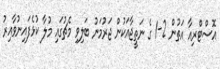
އޮސްޓްރިއާ އަތުން 2-1 ގެ ނަތީޖާއަކުން ޖަރުމަނު ބަލިވި މެޗުގައި މުލާ ކުޅެފައިނުވާއިރު